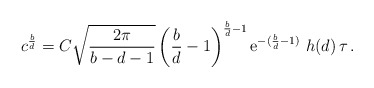
\begin{align*}c^{\frac{b}{d}} = C \sqrt{\frac{2\pi}{b-d-1}}\left( \frac{b}{d} - 1 \right)^{\frac{b}{d}-1}\mathrm{e}^{-(\frac{b}{d}-1)} \ h(d) \, \tau \,.\end{align*}